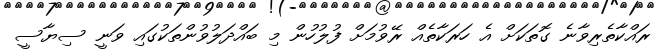
ރައްކާތެރިވާނެ ގޮތަކަށް އެ ހަރަކާތެއް ރޭވުމަށް ފުލުހުން މި ބައްދަލުވުންތަކުގައި ވަނީ ސިޔާސީ